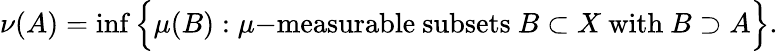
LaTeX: \nu(A)=\operatorname*{inf}{\Big\{ }\mu(B):\mu{\mathrm{-measurable~subsets~}}B\subset X{\mathrm{~with~}}B\supset A{\Big\} }.